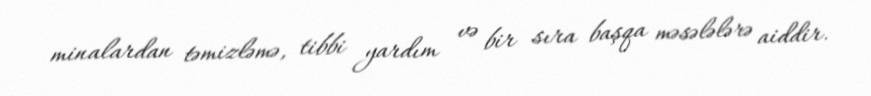
minalardan təmizləmə, tibbi yardım və bir sıra başqa məsələlərə aiddir.